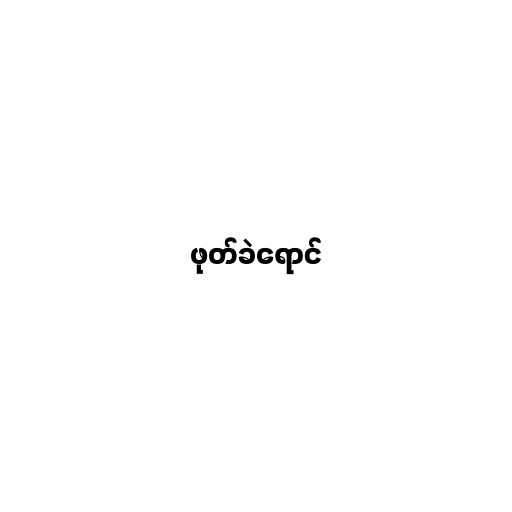
ဖုတ်ခဲရောင်